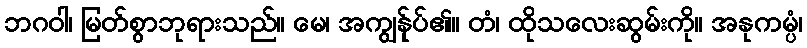
ဘဂဝါ၊ မြတ်စွာဘုရားသည်။ မေ၊ အကျွန်ုပ်၏။ တံ၊ ထိုသလေးဆွမ်းကို။ အနုကမ္ပံ၊